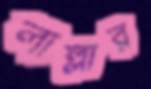
লাল্লার